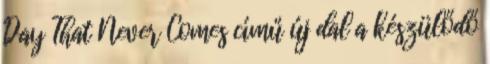
Day That Never Comes című új dal a készülődő